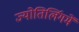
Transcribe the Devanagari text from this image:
ज्योतिर्लिगमें